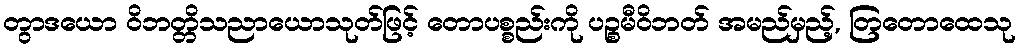
တွာဒယော ဝိဘတ္တိသညာယောသုတ်ဖြင့် တောပစ္စည်းကို ပဉ္စမီဝိဘတ် အမည်မှည့်, တြတောထေသု